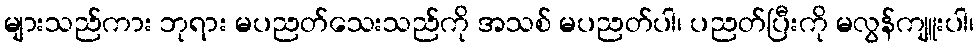
များသည်ကား ဘုရား မပညတ်သေးသည်ကို အသစ် မပညတ်ပါ၊ ပညတ်ပြီးကို မလွန်ကျူးပါ၊